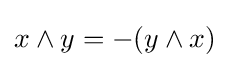
x\wedge y=-(y\wedge x)